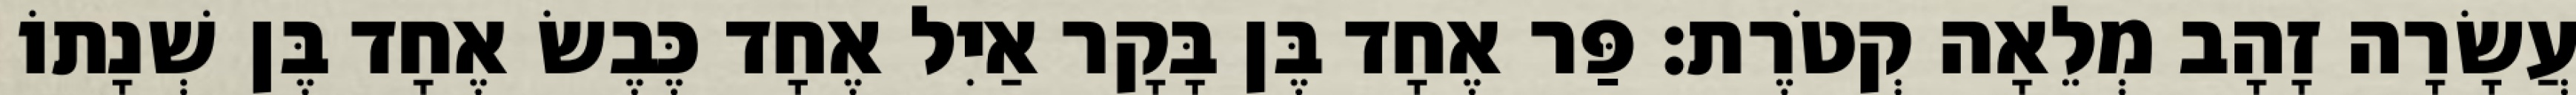
עֲשָׂרָה זָהָב מְלֵאָה קְטֹרֶת׃ פַּר אֶחָד בֶּן בָּקָר אַיִל אֶחָד כֶּבֶשׂ אֶחָד בֶּן שְׁנָתוֹ